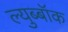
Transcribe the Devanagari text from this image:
ल्युब्बॉक